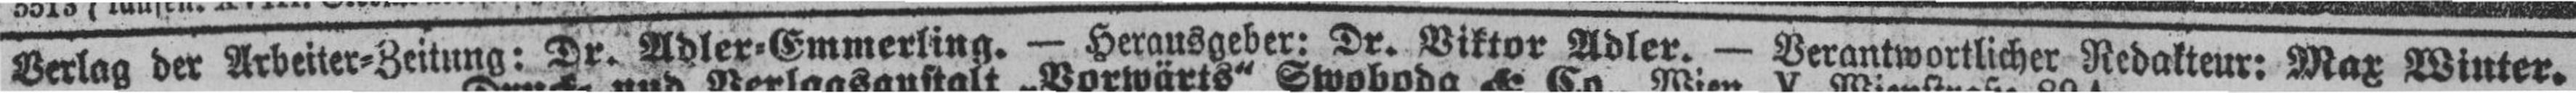
Verlag der Arbeiter=Zeitung: Dr. Adler=Emmerling. — Herausgeber: Dr. Viktor Adler. — Verantwortlicher Redakteur: Max Winter.